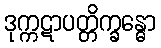
ဒုက္ကဋာပတ္တိက္ခန္ဓော